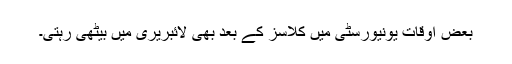
بعض اوقات یونیورسٹی میں کلاسز کے بعد بھی لائبریری میں بیٹھی رہتی۔